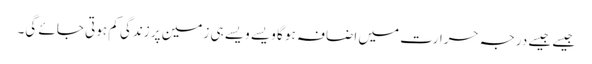
جیسے جیسے درجہ حرارت میں اضافہ ہو گا ویسے ویسے ہی زمین پر زندگی کم ہوتی جائے گی۔